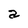
Character: a